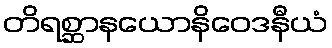
တိရစ္ဆာနယောနိဝေဒနီယံ